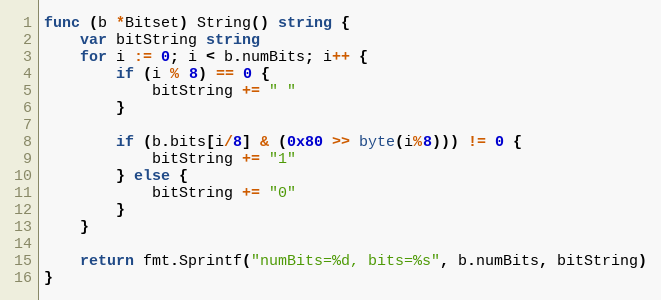
Language: Go
func (b *Bitset) String() string {
	var bitString string
	for i := 0; i < b.numBits; i++ {
		if (i % 8) == 0 {
			bitString += " "
		}

		if (b.bits[i/8] & (0x80 >> byte(i%8))) != 0 {
			bitString += "1"
		} else {
			bitString += "0"
		}
	}

	return fmt.Sprintf("numBits=%d, bits=%s", b.numBits, bitString)
}